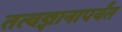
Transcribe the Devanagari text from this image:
तत्वज्ञानापर्यंत